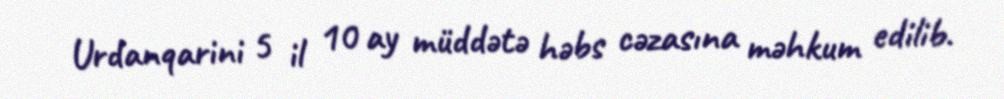
Urdanqarini 5 il 10 ay müddətə həbs cəzasına məhkum edilib.